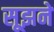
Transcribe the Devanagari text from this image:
सूझने